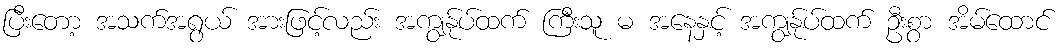
ပြီးတော့ အသက်အရွယ် အားဖြင့်လည်း အကျွန်ုပ်ထက် ကြီးသူ မ အနေနှင့် အကျွန်ုပ်ထက် ဦးစွာ အိမ်ထောင်